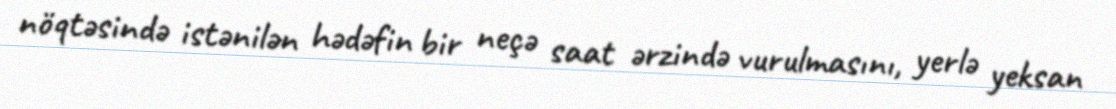
nöqtəsində istənilən hədəfin bir neçə saat ərzində vurulmasını, yerlə yeksan